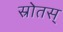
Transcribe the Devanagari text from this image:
स्रोतस्